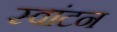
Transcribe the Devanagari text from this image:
स्वांटन